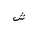
Letter: _shin